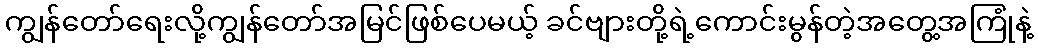
ကျွန်တော်ရေးလို့ကျွန်တော်အမြင်ဖြစ်ပေမယ့် ခင်ဗျားတို့ရဲ့ကောင်းမွန်တဲ့အတွေ့အကြုံနဲ့